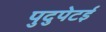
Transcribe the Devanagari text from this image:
पुदुपेटई